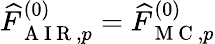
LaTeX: \widehat{F}_{\mathrm{~A~I~R~},p}^{(0)}=\widehat{F}_{\mathrm{~M~C~},p}^{(0)}